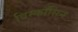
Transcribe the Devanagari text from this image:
विस्काँसिन